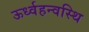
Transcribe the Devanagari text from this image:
ऊर्ध्वहन्वस्थि